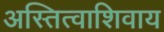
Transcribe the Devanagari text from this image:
अस्तित्वाशिवाय